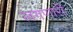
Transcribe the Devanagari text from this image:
लगणारी